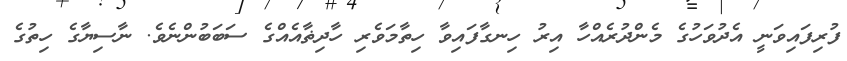
ފުރިފައިވަނީ އެދުވަހުގެ މެންދުރެއްހާ އިރު ހިނގާފައިވާ ހިތާމަވެރި ހާދިޡާއެއްގެ ސަބަބުންނެވެ. ނާސިޔާގެ ހިތުގެ